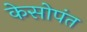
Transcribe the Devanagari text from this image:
केसोपंत